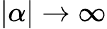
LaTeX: |\alpha|\rightarrow\infty